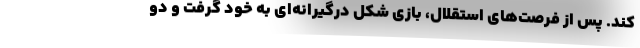
کند. پس از فرصت‌های استقلال، بازی شکل درگیرانه‌ای به خود گرفت و دو